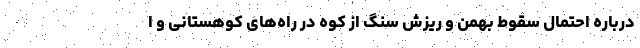
درباره احتمال سقوط بهمن و ریزش سنگ از کوه در راه‌های کوهستانی و ا